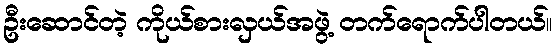
ဦးဆောင်တဲ့ ကိုယ်စားလှယ်အဖွဲ့ တက်ရောက်ပါတယ်။